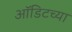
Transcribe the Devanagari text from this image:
ऑडिटच्या